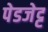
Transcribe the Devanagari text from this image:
पेडजेट्ट